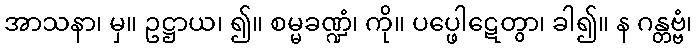
အာသနာ၊ မှ။ ဥဋ္ဌာယ၊ ၍။ စမ္မခဏ္ဍံ၊ ကို။ ပပ္ဖေါဋေတွာ၊ ခါ၍။ န ဂန္တဗ္ဗံ၊